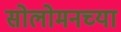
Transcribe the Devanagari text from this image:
सोलोमनच्या